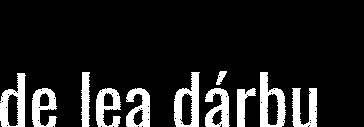
de lea dárbu